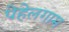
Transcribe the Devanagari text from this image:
पेहेलगाम